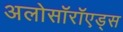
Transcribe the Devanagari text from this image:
अलोसॉरॉएड्स